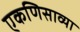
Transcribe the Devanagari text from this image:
एकणिसाव्या